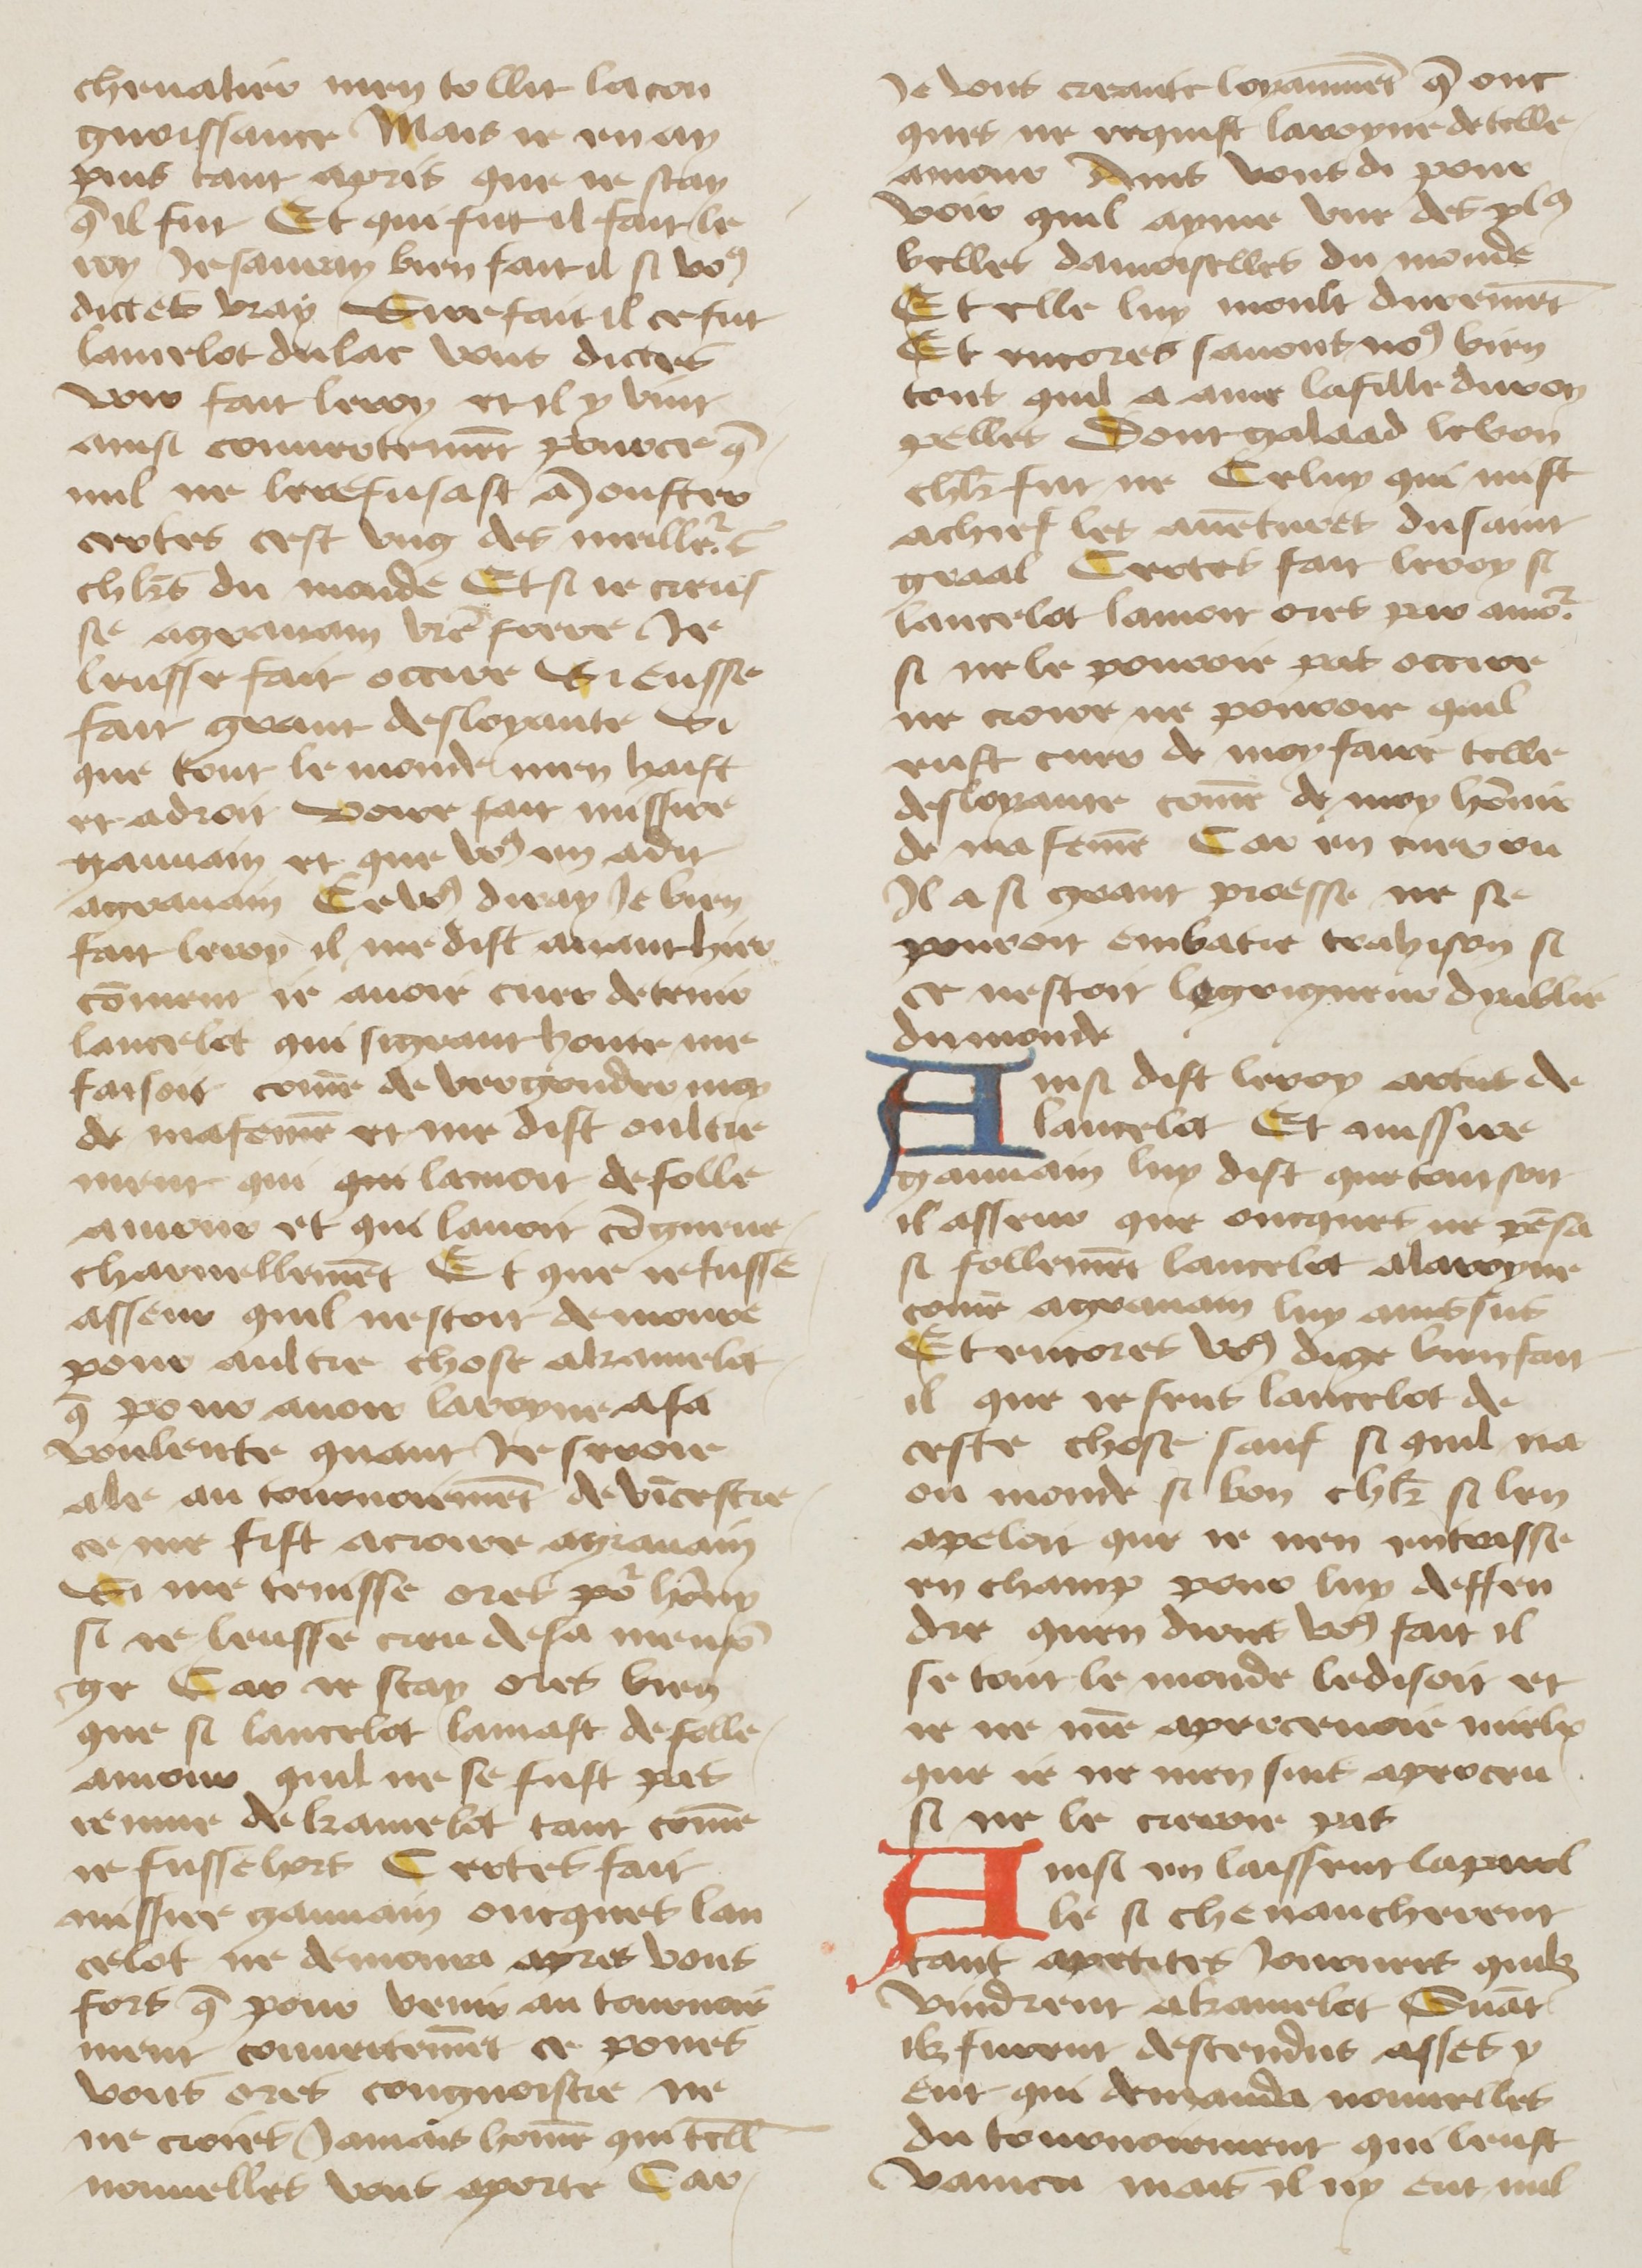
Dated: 1400–1499